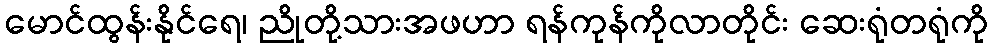
မောင်ထွန်းနိုင်ရေ၊ ညိုတို့သားအဖဟာ ရန်ကုန်ကိုလာတိုင်း ဆေးရုံတရုံကို